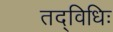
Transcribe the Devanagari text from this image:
तद्विधिः